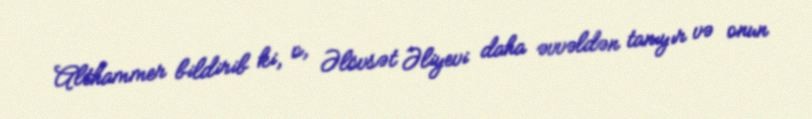
Althammer bildirib ki, o, Əlövsət Əliyevi daha əvvəldən tanıyır və onun